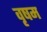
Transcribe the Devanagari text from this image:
वृषम